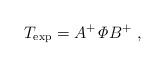
LaTeX: \begin{align*}T_{\rm exp} = A^+ {\it \Phi} B^+ \ ,\end{align*}